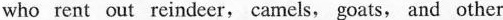
who rent out reindeer, camels, goats, and other